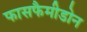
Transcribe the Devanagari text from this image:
फासफैमीडोन